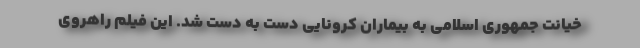
خیانت جمهوری اسلامی به بیماران کرونایی دست به دست شد. این فیلم راهروی